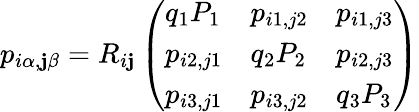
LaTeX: p_{i\alpha,\mathbf{j}\beta}=R_{i\mathbf{j}}\left(\begin{array}{lll}{q_{1}P_{1}}&{p_{i1,j2}}&{p_{i1,j3}}\\ {p_{i2,j1}}&{q_{2}P_{2}}&{p_{i2,j3}}\\ {p_{i3,j1}}&{p_{i3,j2}}&{q_{3}P_{3}}\end{array}\right)